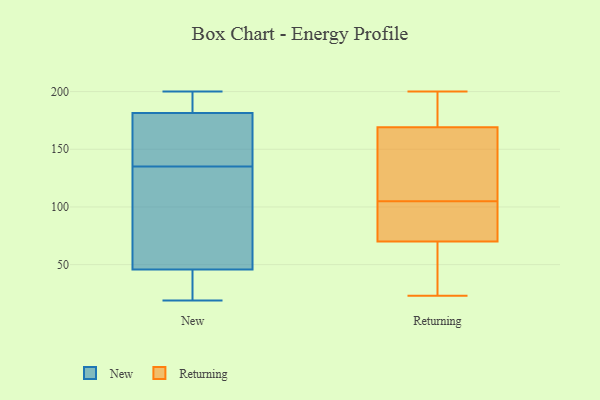
{"axis": {"x": "Latency (ms)", "y": "Value"}, "legend": ["New", "Returning"], "data": [{"x": "", "y": 30, "type": "New"}, {"x": "", "y": 183, "type": "New"}, {"x": "", "y": 185, "type": "New"}, {"x": "", "y": 42, "type": "New"}, {"x": "", "y": 143, "type": "New"}, {"x": "", "y": 200, "type": "New"}, {"x": "", "y": 19, "type": "New"}, {"x": "", "y": 108, "type": "New"}, {"x": "", "y": 135, "type": "New"}, {"x": "", "y": 120, "type": "New"}, {"x": "", "y": 166, "type": "New"}, {"x": "", "y": 85, "type": "New"}, {"x": "", "y": 31, "type": "New"}, {"x": "", "y": 177, "type": "New"}, {"x": "", "y": 185, "type": "New"}, {"x": "", "y": 36, "type": "New"}, {"x": "", "y": 177, "type": "New"}, {"x": "", "y": 199, "type": "New"}, {"x": "", "y": 57, "type": "New"}, {"x": "", "y": 158, "type": "Returning"}, {"x": "", "y": 109, "type": "Returning"}, {"x": "", "y": 186, "type": "Returning"}, {"x": "", "y": 52, "type": "Returning"}, {"x": "", "y": 70, "type": "Returning"}, {"x": "", "y": 27, "type": "Returning"}, {"x": "", "y": 184, "type": "Returning"}, {"x": "", "y": 166, "type": "Returning"}, {"x": "", "y": 64, "type": "Returning"}, {"x": "", "y": 23, "type": "Returning"}, {"x": "", "y": 93, "type": "Returning"}, {"x": "", "y": 92, "type": "Returning"}, {"x": "", "y": 101, "type": "Returning"}, {"x": "", "y": 137, "type": "Returning"}, {"x": "", "y": 188, "type": "Returning"}, {"x": "", "y": 87, "type": "Returning"}, {"x": "", "y": 200, "type": "Returning"}, {"x": "", "y": 169, "type": "Returning"}]}